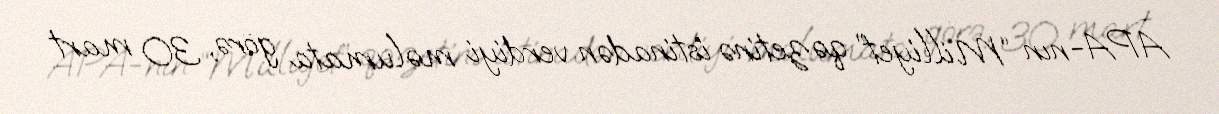
APA-nın “Milliyet” qəzetinə istinadən verdiyi məlumata görə, 30 mart